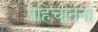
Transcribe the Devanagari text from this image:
पहिचानना